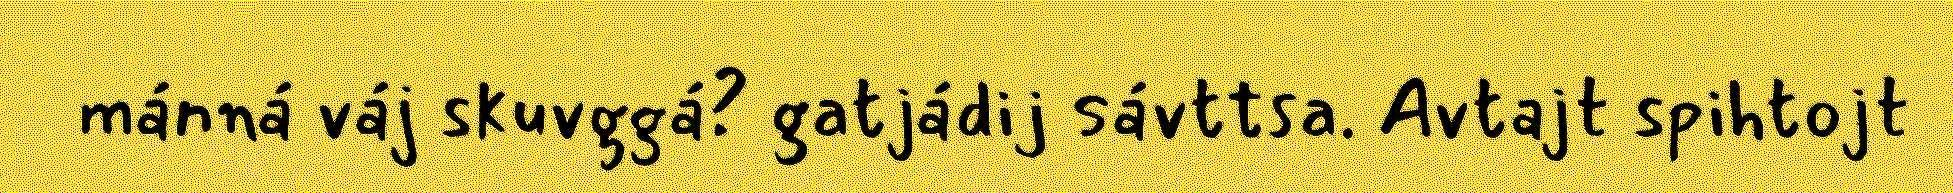
mánná váj skuvggá? gatjádij sávttsa. Avtajt spihtojt